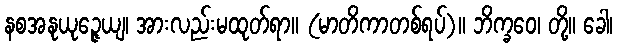
နစအနုယုဉ္ဇေယျ၊ အားလည်းမထုတ်ရာ။ (မာတိကာတစ်ရပ်)။ ဘိက္ခဝေ၊ တို့။ ခေါ၊